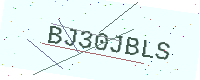
Text: BJ30JBLS